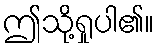
ဤသို့ရှုပါ၏။